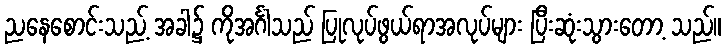
ညနေစောင်းသည့် အခါ၌ ကိုအင်္ဂါသည် ပြုလုပ်ဖွယ်ရာအလုပ်များ ပြီးဆုံးသွားတော့ သည်။